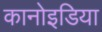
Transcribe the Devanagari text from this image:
कानोइडिया